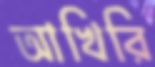
আখিরি